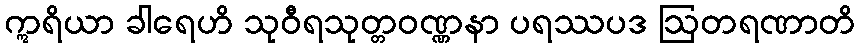
ဣရိယာ ခါရေဟိ သုဝီရသုတ္တဝဏ္ဏနာ ပရဿပဒ ဩတရဏာတိ